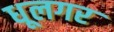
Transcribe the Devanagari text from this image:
धूलगर